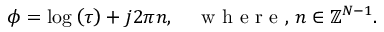
\boldsymbol { \phi } = \log \left( \boldsymbol { \tau } \right) + j 2 \pi \boldsymbol { n } , \quad \mathrm { ~ w ~ h ~ e ~ r ~ e ~ , ~ } \boldsymbol { n } \in \mathbb { Z } ^ { N - 1 } .